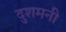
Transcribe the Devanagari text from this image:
दुशमनी